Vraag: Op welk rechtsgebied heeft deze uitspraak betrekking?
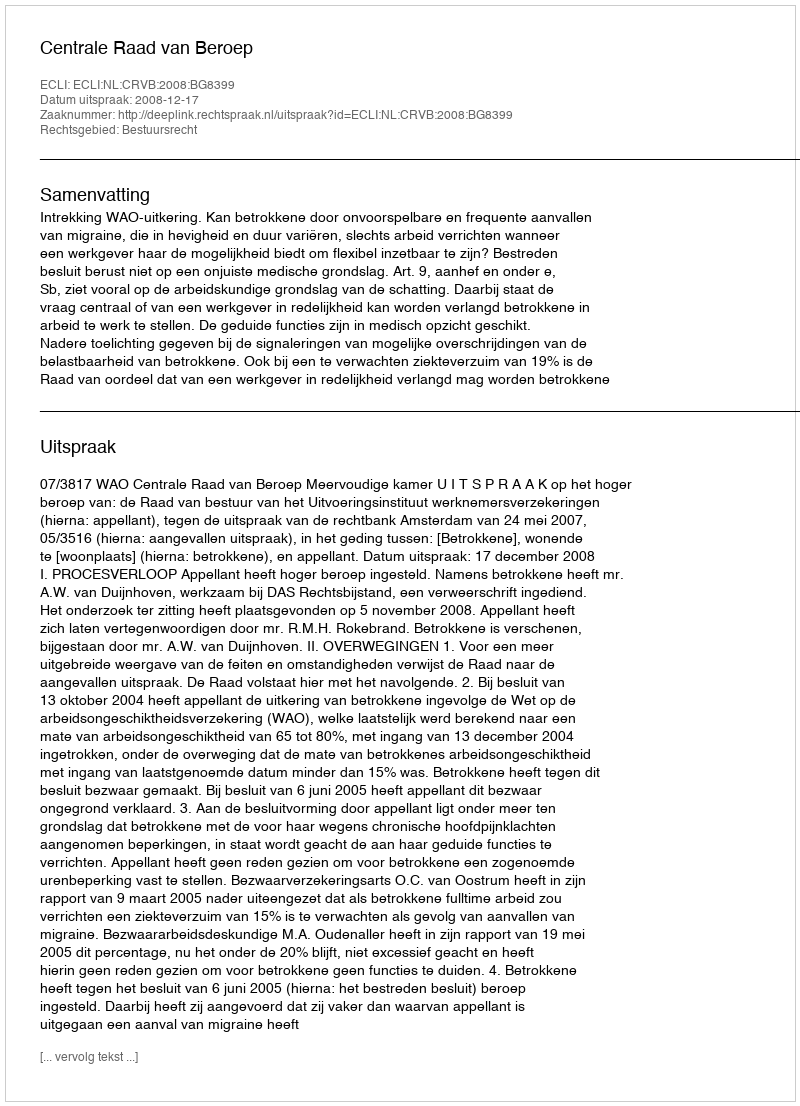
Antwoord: Bestuursrecht